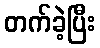
တက်ခဲ့ပြီး